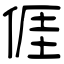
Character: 𠊎